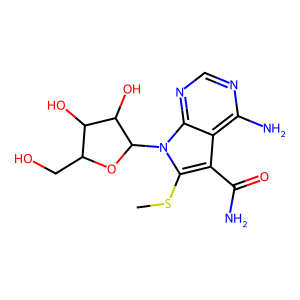
SMILES: CSc1c(C(N)=O)c2c(N)ncnc2n1C1OC(CO)C(O)C1O
Inhibits HIV replication: No